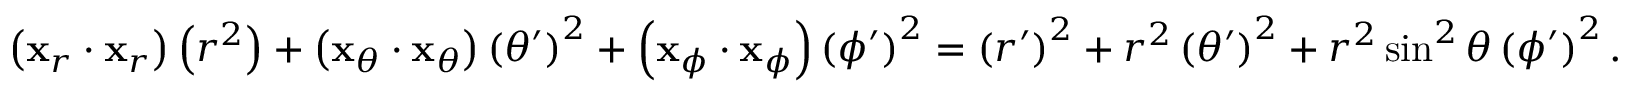
\left( \mathbf { x } _ { r } \cdot \mathbf { x } _ { r } \right) \left( r ^ { 2 } \right) + \left( \mathbf { x } _ { \theta } \cdot \mathbf { x } _ { \theta } \right) \left( \theta ^ { \prime } \right) ^ { 2 } + \left( \mathbf { x } _ { \phi } \cdot \mathbf { x } _ { \phi } \right) \left( \phi ^ { \prime } \right) ^ { 2 } = \left( r ^ { \prime } \right) ^ { 2 } + r ^ { 2 } \left( \theta ^ { \prime } \right) ^ { 2 } + r ^ { 2 } \sin ^ { 2 } \theta \left( \phi ^ { \prime } \right) ^ { 2 } .